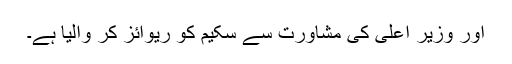
اور وزیر اعلیٰ کی مشاورت سے سکیم کو ریوائز کر والیا ہے۔